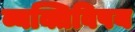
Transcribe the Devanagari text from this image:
व्यक्तिविषय